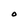
Character: O